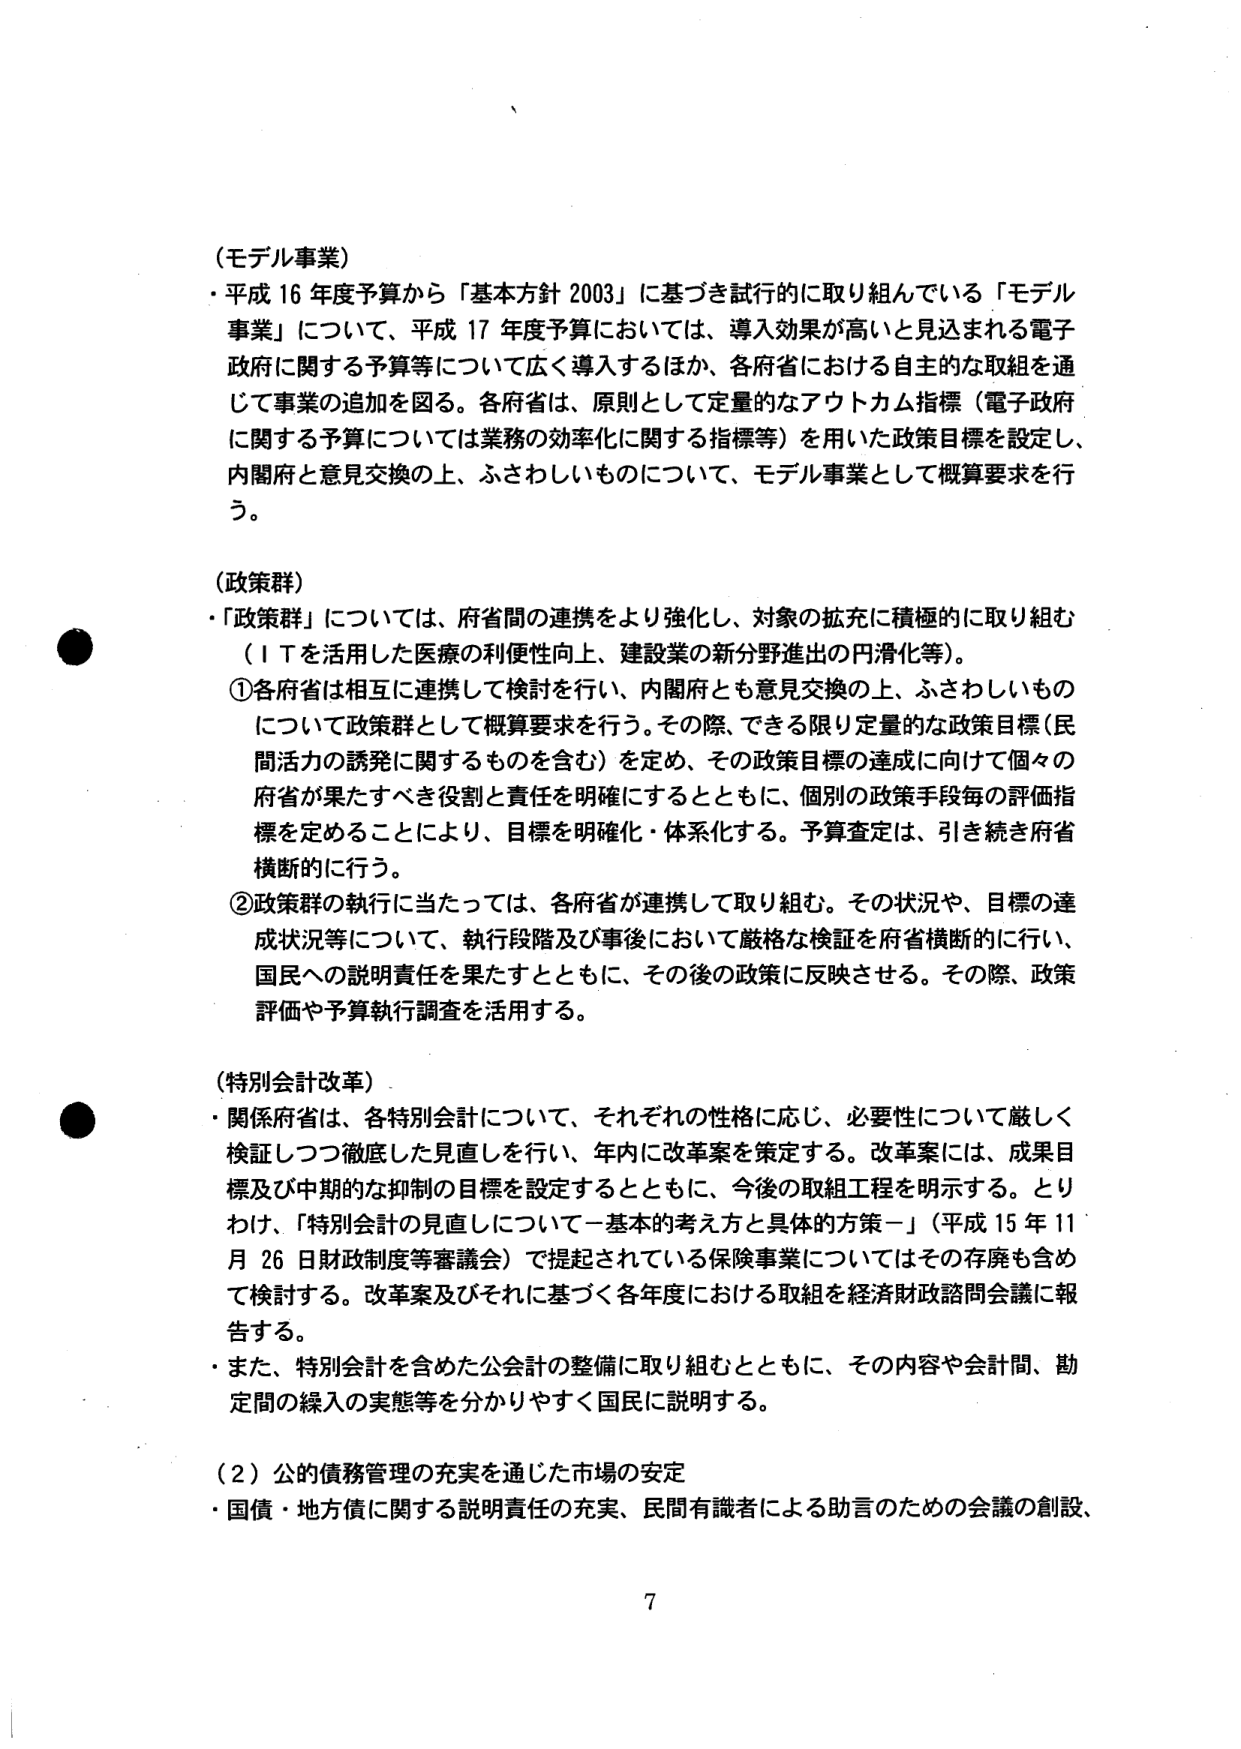
（モデル事業）
・平成16年度予算から「基本方針2003」に基づき試行的に取り組んでいる「モデル事業」について、平成17年度予算においては、導入効果が高いと見込まれる電子政府に関する予算等について広く導入するほか、各府省における自主的な取組を通じて事業の追加を図る。各府省は、原則として定量的なアウトカム指標（電子政府に関する予算については業務の効率化に関する指標等）を用いた政策目標を設定し、内閣府と意見交換の上、ふさわしいものについて、モデル事業として概算要求を行う。

（政策群）
・「政策群」については、府省間の連携をより強化し、対象の拡充に積極的に取り組む（ＩＴを活用した医療の利便性向上、建設業の新分野進出の円滑化等）。
①各府省は相互に連携して検討を行い、内閣府とも意見交換の上、ふさわしいものについて政策群として概算要求を行う。その際、できる限り定量的な政策目標（民間活力の誘発に関するものを含む）を定め、その政策目標の達成に向けて個々の府省が果たすべき役割と責任を明確にするとともに、個別の政策手段毎の評価指標を定めることにより、目標を明確化・体系化する。予算査定は、引き続き府省横断的に行う。
②政策群の執行に当たっては、各府省が連携して取り組む。その状況や、目標の達成状況等について、執行段階及び事後において厳格な検証を府省横断的に行い、国民への説明責任を果たすとともに、その後の政策に反映させる。その際、政策評価や予算執行調査を活用する。

（特別会計改革）
・関係府省は、各特別会計について、それぞれの性格に応じ、必要性について厳しく検証しつつ徹底した見直しを行い、年内に改革案を策定する。改革案には、成果目標及び中期的な抑制の目標を設定するとともに、今後の取組工程を明示する。とりわけ、「特別会計の見直しについて－基本的考え方と具体的方策－」（平成15年11月26日財政制度等審議会）で提起されている保険事業についてはその存廃も含めて検討する。改革案及びそれに基づく各年度における取組を経済財政諮問会議に報告する。
・また、特別会計を含めた公会計の整備に取り組むとともに、その内容や会計間、勘定間の繰入の実態等を分かりやすく国民に説明する。

（2）公的債務管理の充実を通じた市場の安定
・国債・地方債に関する説明責任の充実、民間有識者による助言のための会議の創設、

7